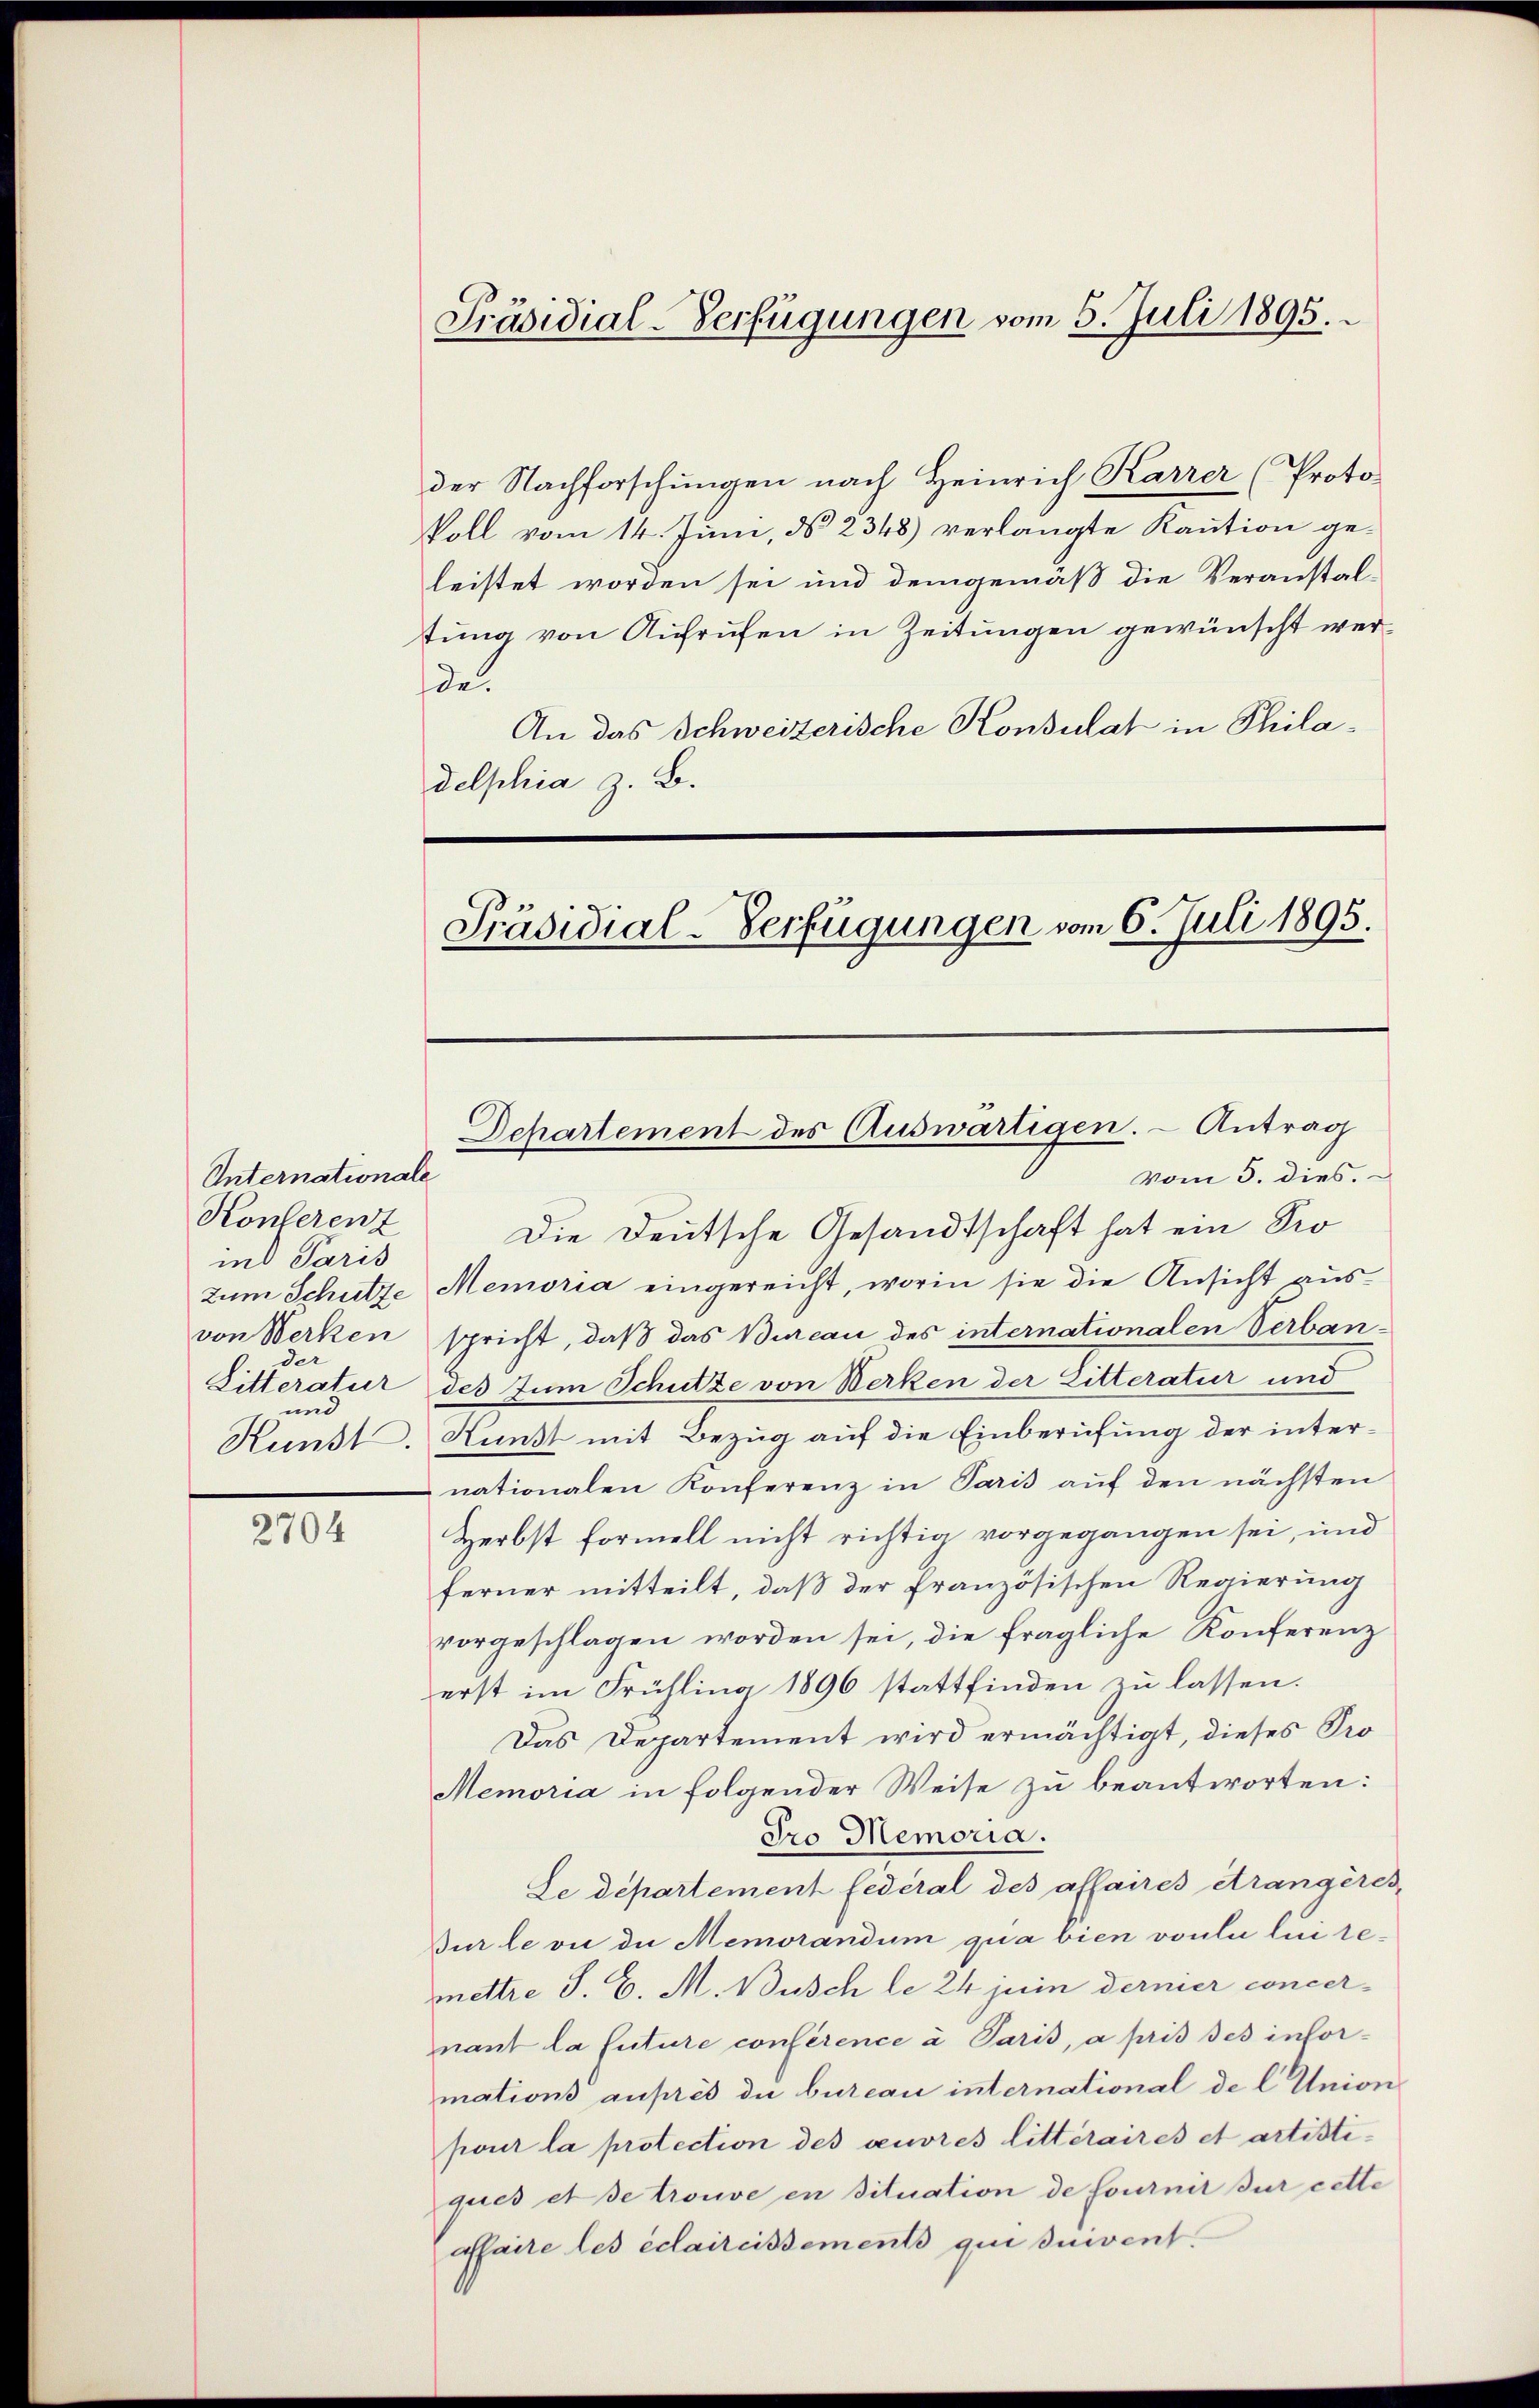
Unternationale
Konferenz
ind Paris
der
Litteratur
und

2704

Präsidial-Verfügungen vom 5. Juli 1895.

der Nachforschungen nach Heinrich Karrer (Proto-
Voll vom 14. Juni, d. 2348) verlangte Kaution geleistet worden sei und demgemäß die Veranstaltung von Aufrufen in Zeitungen gewünscht werde.
An das Schweizerische Konsulat in Philadelphia z. B.

Präsidial-Verfügungen vom 6. Juli 1895.

vom 3. dies.
Die Deutsche Gesandtschaft hat ein Prozum Schutze Memoria eingereicht, worin sie die Ansicht aus-
von Werken spricht, daß das Bureau des internationalen Verbandes zum Schutze von Werken der Litteratur und
Kunst. Kunst mit Bezug auf die Einberufung der internationalen Konferenz in Paris auf den nächsten
Herbst formell nicht richtig vorgegangen sei, und
ferner mitteilt, daß der französischen Regierung
vorgeschlagen worden sei, die fragliche Konferenz
erst im Frühling 1896 stattfinden zu lassen.
Das Departement wird ermächtigt, dieses Pro¬
Memoria in folgender Weise zu beantworten:
Pro Memoria.
Le Departement fédéral des affaires Atrangères,
Bur le vie die Memorandum qua bien voulu lui remettre J. C. M. Busch le 24 juin dernier concernant la future conférence a Paris, a pris des infor-
mations auprès die bureau international de l. Union
pour la protection des ceuvres litteraires et artistiques et se trouve en situation de fournit sur cette
affaire les éclaireissements qui suivent.

Departement des Auswärtigen. - Antrag